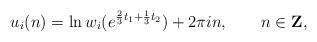
\begin{align*}u_i(n)=\ln w_i(e^{\frac{2}{3}t_1+\frac{1}{3}t_2})+2\pi i n,\qquad n \in {\bf Z},\end{align*}